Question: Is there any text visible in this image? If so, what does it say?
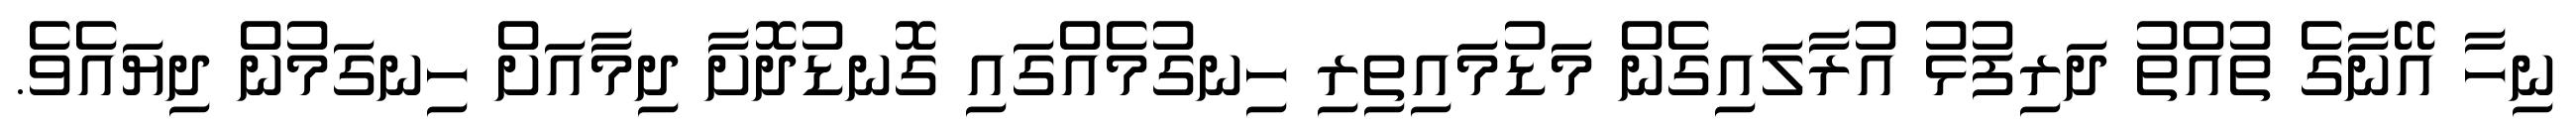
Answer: ނިހާ އޭނާގެ ތުއްތު ދަރިފުޅު އުރާލައިގެން މަޑުމައިތިރި ހިނގުމެއްގައި ގޮނޑުދޮށާ ދިމާއަށް ހިނގަމުން ދިޔައެވެ.